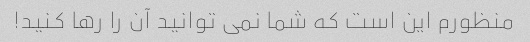
منظورم این است که شما نمی توانید آن را رها کنید!